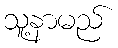
သူ့နာမည်